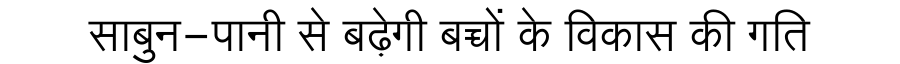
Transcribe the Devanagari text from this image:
साबुन-पानी से बढ़ेगी बच्चों के विकास की गति